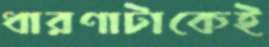
ধারণাটাকেই